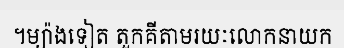
។ម្យ៉ាងទៀត តួកគីតាមរយៈលោកនាយក